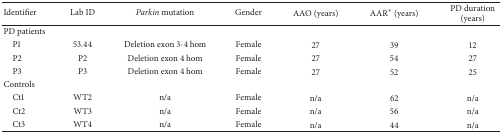
| Identifier | Lab ID | Parkin mutation | Gender | AAO (years) | AAR∗ (years) | PD duration (years) |
 | --- | --- | --- | --- | --- | --- | --- |
 | PD patients |  |  |  |  |  |  |
 | P1 | 53.44 | Deletion exon 3-4 hom | Female | 27 | 39 | 12 |
 | P2 | P2 | Deletion exon 4 hom | Female | 27 | 54 | 27 |
 | P3 | P3 | Deletion exon 4 hom | Female | 27 | 52 | 25 |
 | Controls |  |  |  |  |  |  |
 | Ct1 | WT2 | n/a | Female | n/a | 62 | n/a |
 | Ct2 | WT3 | n/a | Female | n/a | 56 | n/a |
 | Ct3 | WT4 | n/a | Female | n/a | 44 | n/a |